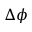
\Delta \phi